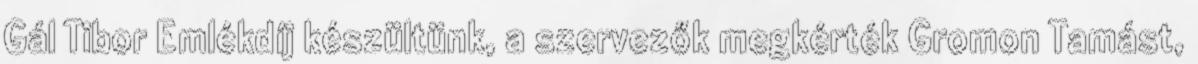
Gál Tibor Emlékdíj készültünk, a szervezők megkérték Gromon Tamást,